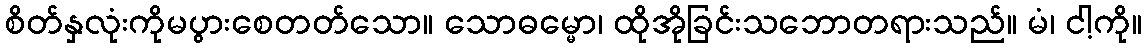
စိတ်နှလုံးကိုမပွားစေတတ်သော။ သောဓမ္မော၊ ထိုအိုခြင်းသဘောတရားသည်။ မံ၊ ငါ့ကို။